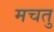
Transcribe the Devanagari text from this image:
मचतु